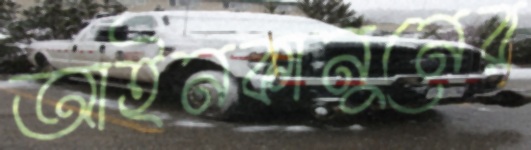
আইনকানুনের